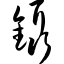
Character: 镊